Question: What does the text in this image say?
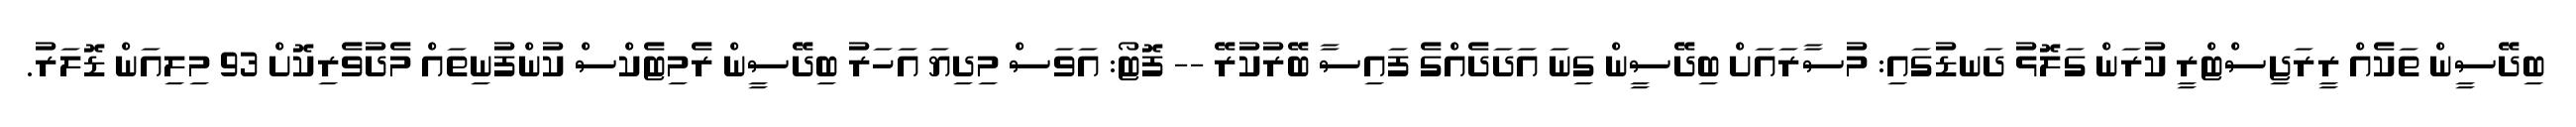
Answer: ބިދޭސީން ތަކެއް ރީރަޖިސްޓްރީ ކުރަން ގަލޮޅު ދަނޑުގައި: މުސާރައަށް ބިދޭސީން ގިނަ އަދަދެއްގެ ފައިސާ ބޭރުކުރޭ -- ފޮޓޯ: އަވަސް މިދިޔަ އަހަރު ބިދޭސީން ރެމިޓެކްސް ކުންފުނިތައް މެދުވެރިކޮށް 93 މިލިއަން ޑޮލަރު.